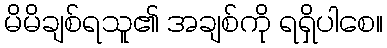
မိမိချစ်ရသူ၏ အချစ်ကို ရရှိပါစေ။